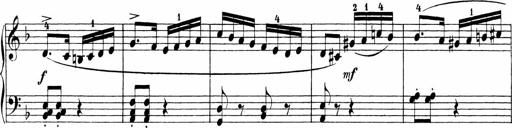
Title: Sonatinen Op.47, 98 und 136, nebst 6 Liedersonatinen
Composer: Carl Reinecke